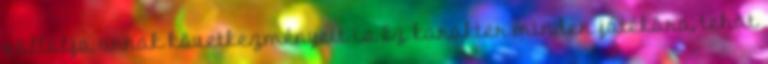
vállalja annak következményeit is Ez karakter minden játékára, tehát